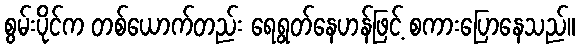
စွမ်းပိုင်က တစ်ယောက်တည်း ရေရွတ်နေဟန်ဖြင့် စကားပြောနေသည်။